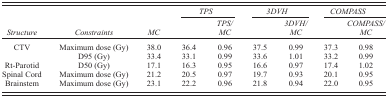
<table><thead><tr><td></td><td></td><td></td><td colspan="2"><b><i>TPS</i></b></td><td colspan="2"><b><i>3DVH</i></b></td><td colspan="2"><b><i>COMPASS</i></b></td></tr><tr><td><b><i>Structure</i></b></td><td><b><i>Constraints</i></b></td><td><b><i>MC</i></b></td><td></td><td><b><i>TPS/MC</i></b></td><td></td><td><b><i>3DVH/MC</i></b></td><td></td><td><b><i>COMPASS/MC</i></b></td></tr></thead><tbody><tr><td>CTV</td><td>Maximum dose (Gy)</td><td>38.0</td><td>36.4</td><td>0.96</td><td>37.5</td><td>0.99</td><td>37.3</td><td>0.98</td></tr><tr><td></td><td>D95 (Gy)</td><td>33.4</td><td>33.1</td><td>0.99</td><td>33.6</td><td>1.01</td><td>33.2</td><td>0.99</td></tr><tr><td>Rt‐Parotid</td><td>D50 (Gy)</td><td>17.1</td><td>16.3</td><td>0.95</td><td>16.6</td><td>0.97</td><td>17.4</td><td>1.02</td></tr><tr><td>Spinal Cord</td><td>Maximum dose (Gy)</td><td>21.2</td><td>20.5</td><td>0.97</td><td>19.7</td><td>0.93</td><td>20.1</td><td>0.95</td></tr><tr><td>Brainstem</td><td>Maximum dose (Gy)</td><td>23.1</td><td>22.2</td><td>0.96</td><td>21.8</td><td>0.94</td><td>22.0</td><td>0.95</td></tr></tbody></table>